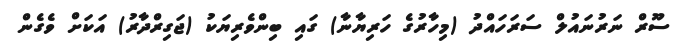
ސޫރް ނަރުނައުލް ސަރަހައްދު (މިހާރުގެ ހަރިޔާނާ) ގައި ބިންވެރިޔަކު (ޖަގިރްދާރު) އަކަށް ވެގެން